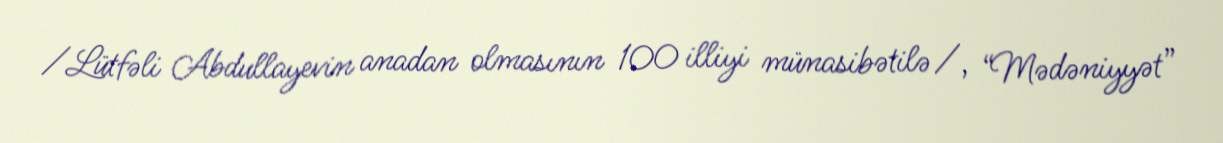
/Lütfəli Abdullayevin anadan olmasının 100 illiyi münasibətilə/, “Mədəniyyət”